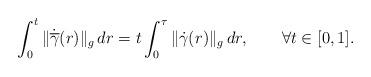
LaTeX: \begin{align*} \int_0^t \|\dot{\overline\gamma}(r)\|_g\,dr=t \int_0^\tau \| \dot{\gamma}(r)\|_g\,dr,\qquad\forall t\in[0,1].\end{align*}